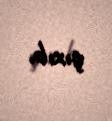
çıxıb.